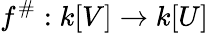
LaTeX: f^{\# }:k[V]\to k[U]